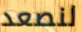
لنصعد